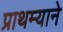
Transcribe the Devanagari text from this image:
प्राथम्याने